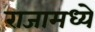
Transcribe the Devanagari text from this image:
राजामध्ये